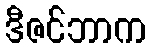
ဒီဇင်ဘာက